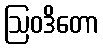
ဩဝဒိတော